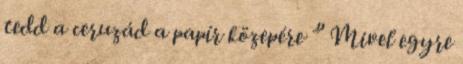
tedd a ceruzád a papír közepére ” Mivel egyre